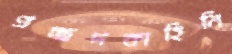
প্রচ্ছদকাহিনি